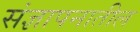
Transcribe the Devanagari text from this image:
संज्ञापनातील